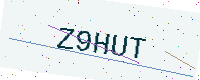
Text: Z9HUT